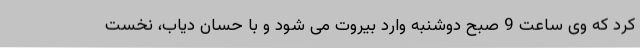
کرد که وی ساعت 9 صبح دوشنبه وارد بیروت می شود و با حسان دیاب، نخست